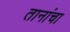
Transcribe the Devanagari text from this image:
तानांचा